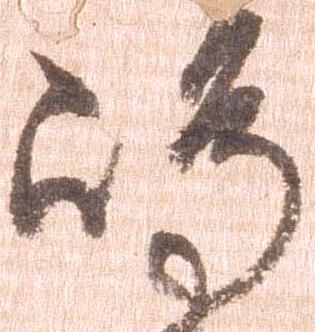
島